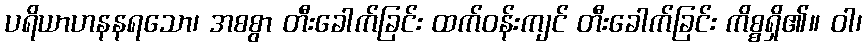
ပရိယာဟနနရသော၊ အစစွာ တီးခေါက်ခြင်း ထက်ဝန်းကျင် တီးခေါက်ခြင်း ကိစ္စရှိ၏။ ဝါ၊